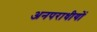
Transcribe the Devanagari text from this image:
अनपराधीयों